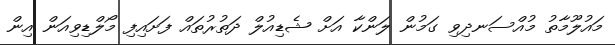
މައުލޫމާތު މުއްސަނދިވި ގަމުން ލަންކާ އަށް ޝެޑިއުލް ދަތުރުތައް ފަށައިފި މޯލްޑިވިއަން އިން